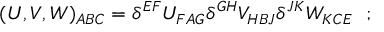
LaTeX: ( U , V , W ) _ { A B C } = \delta ^ { E F } U _ { F A G } \delta ^ { G H } V _ { H B J } \delta ^ { J K } W _ { K C E } \ \ ;